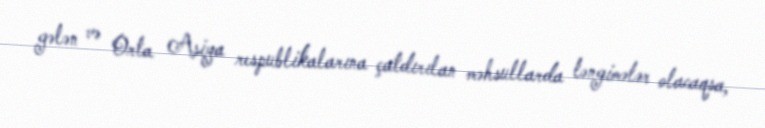
gələn və Orta Asiya respublikalarına çatdırılan məhsullarda ləngimələr olacaqsa,